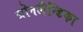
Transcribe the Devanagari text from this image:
ग्रोनलैन्डिका